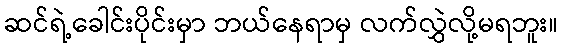
ဆင်ရဲ့ခေါင်းပိုင်းမှာ ဘယ်နေရာမှ လက်လွှဲလို့မရဘူး။